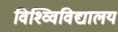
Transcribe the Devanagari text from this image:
विश्व्विविद्यालय